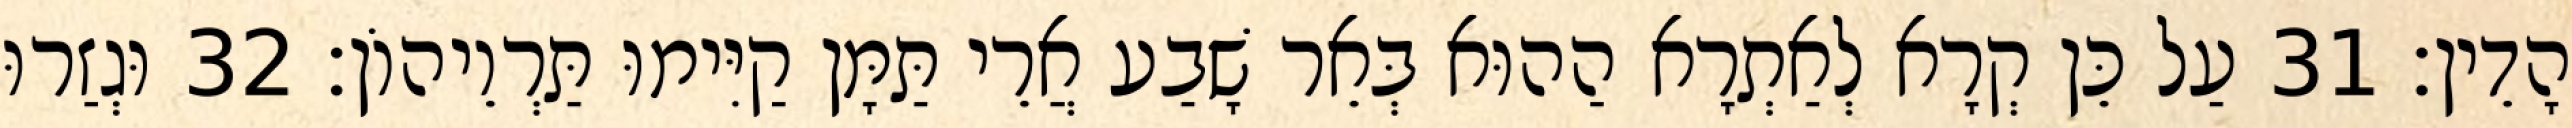
הָדֵין׃ 31 עַל כֵּן קְרָא לְאַתְרָא הַהוּא בְּאֵר שָׁבַע אֲרֵי תַּמָּן קַיִּימוּ תַּרְוֵיהוֹן׃ 32 וּגְזַרוּ